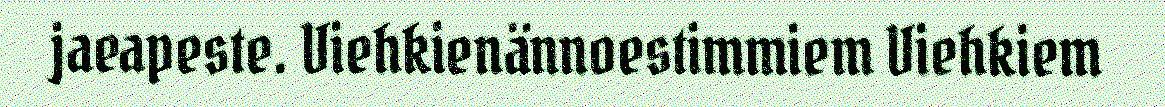
jaeapeste. Viehkienännoestimmiem Viehkiem